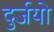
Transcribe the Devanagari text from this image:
दुर्जयो